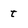
Character: t